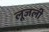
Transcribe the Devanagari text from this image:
लूजली